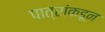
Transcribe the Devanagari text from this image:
पात्रांकडून